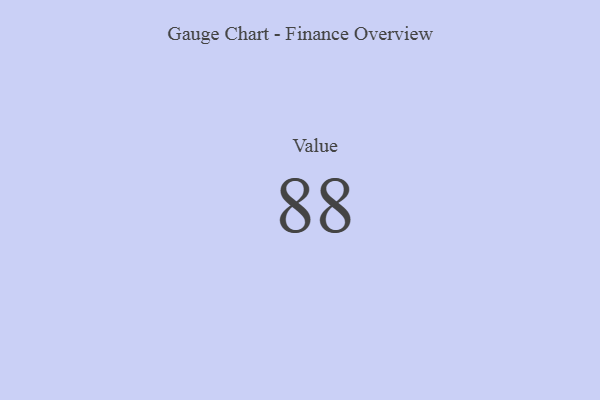
{"axis": {"x": "Metric", "y": "Value"}, "legend": [""], "data": [{"x": "Value", "y": 88, "type": ""}]}